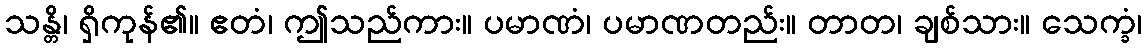
သန္တိ၊ ရှိကုန်၏။ ဧတံ၊ ဤသည်ကား။ ပမာဏံ၊ ပမာဏတည်း။ တာတ၊ ချစ်သား။ သေက္ခံ၊